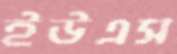
ইউএস